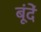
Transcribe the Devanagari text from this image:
बूंंदें